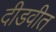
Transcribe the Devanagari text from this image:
दीडवीत